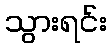
သွားရင်း